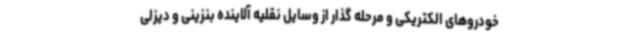
خودروهای الکتریکی و مرحله گذار از وسایل نقلیه آلاینده بنزینی و دیزلی